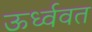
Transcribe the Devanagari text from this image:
ऊर्ध्ववत